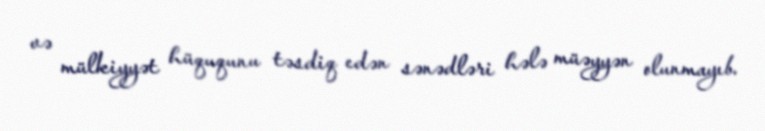
və mülkiyyət hüququnu təsdiq edən sənədləri hələ müəyyən olunmayıb.